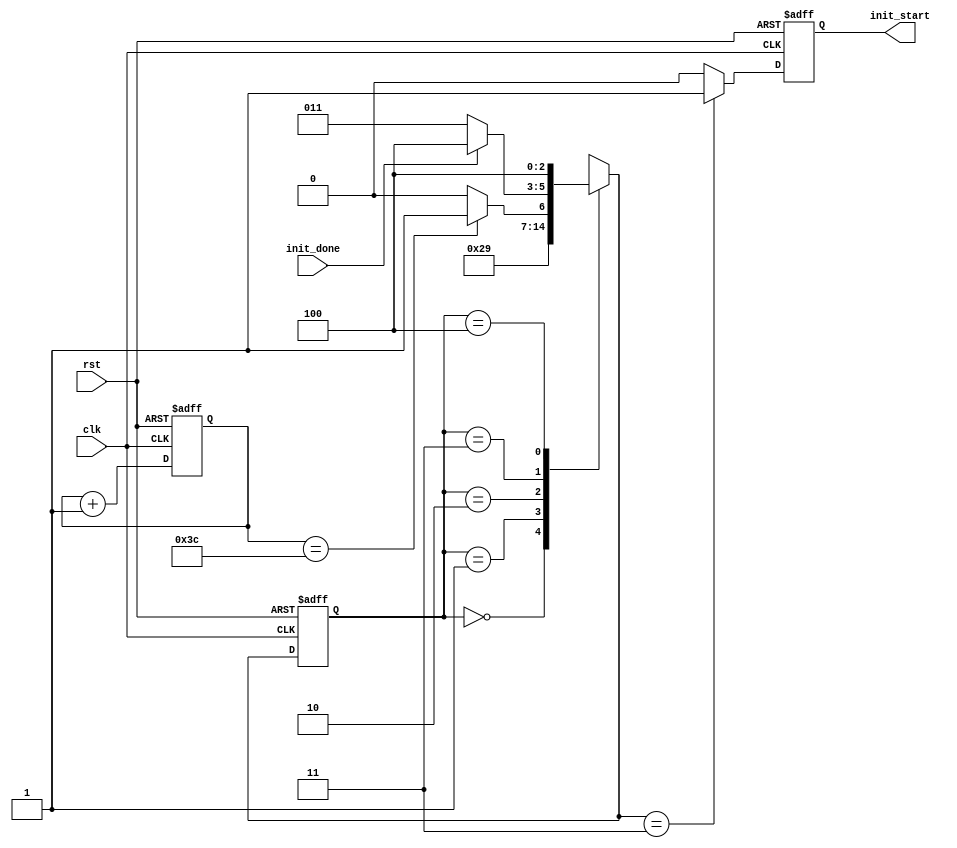
module ddr3_init_sm (rst, clk, init_done, init_start);

input wire rst;
input wire clk;
input wire init_done;
output reg init_start;

reg [7:0] init_dly_cnt;

parameter IDLE = 3'b000,
			START_CNT = 3'b001,
			WAITFOR_CNT = 3'b010,
			INIT_DDR = 3'b011,
			INIT_DONE = 3'b100;

reg [2:0] state, next;

	always @(posedge clk or posedge rst)
		if (rst) state <= IDLE;
		else state <= next;

	always @(state or init_done or init_dly_cnt) begin
		next = 'bx;
		case (state)
			IDLE : next = START_CNT;
			START_CNT : next = WAITFOR_CNT;
			WAITFOR_CNT : if (init_dly_cnt == 8'h3c) next = INIT_DDR;
						else next = WAITFOR_CNT;
			INIT_DDR : if (init_done) next = INIT_DONE;
						else next = INIT_DDR;
			INIT_DONE : next = INIT_DONE;
		endcase
	end

	always @(posedge clk or posedge rst)
		if (rst) begin
			init_start <= 1'b0;
		end
		else begin
			init_start <= 1'b0;
		case (next)
			INIT_DDR: init_start <= 1'b1;
		endcase
	end

	always @(posedge clk or posedge rst)
	begin
		if (rst) begin
			init_dly_cnt <= 8'h00;
		end else begin
			init_dly_cnt <= init_dly_cnt + 1;
		end
	end

endmodule